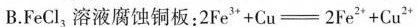
B.FeCl_{3}溶液腐蚀铜板：$$2Fe^{3+} + Cu = 2Fe^{2+} + Cu^{2+}$$